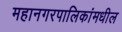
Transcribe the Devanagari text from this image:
महानगरपालिकांमधील